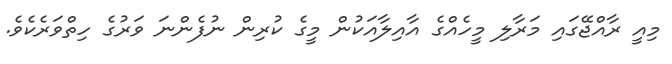
މިއީ ރާއްޖޭގައި މަރާލި މީހެއްގެ އާއިލާއަކުން މީގެ ކުރިން ނުފެންނަ ވަރުގެ ހިތްވަރެކެވެ.